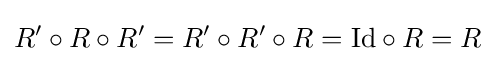
R'\circ R\circ R'=R'\circ R'\circ R={\rm {Id}}\circ R=R